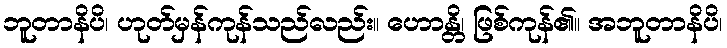
ဘူတာနိပိ၊ ဟုတ်မှန်ကုန်သည်လည်း။ ဟောန္တိ၊ ဖြစ်ကုန်၏။ အဘူတာနိပိ၊